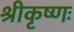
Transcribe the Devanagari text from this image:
श्रीकृष्णः